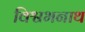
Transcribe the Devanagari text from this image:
विश्वभनाथ